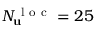
N _ { \mathbf { u } } ^ { \mathrm { ~ l ~ o ~ c ~ } } = 2 5